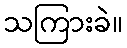
သကြားခဲ။